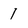
Character: 1